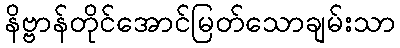
နိဗ္ဗာန်တိုင်အောင်မြတ်သောချမ်းသာ